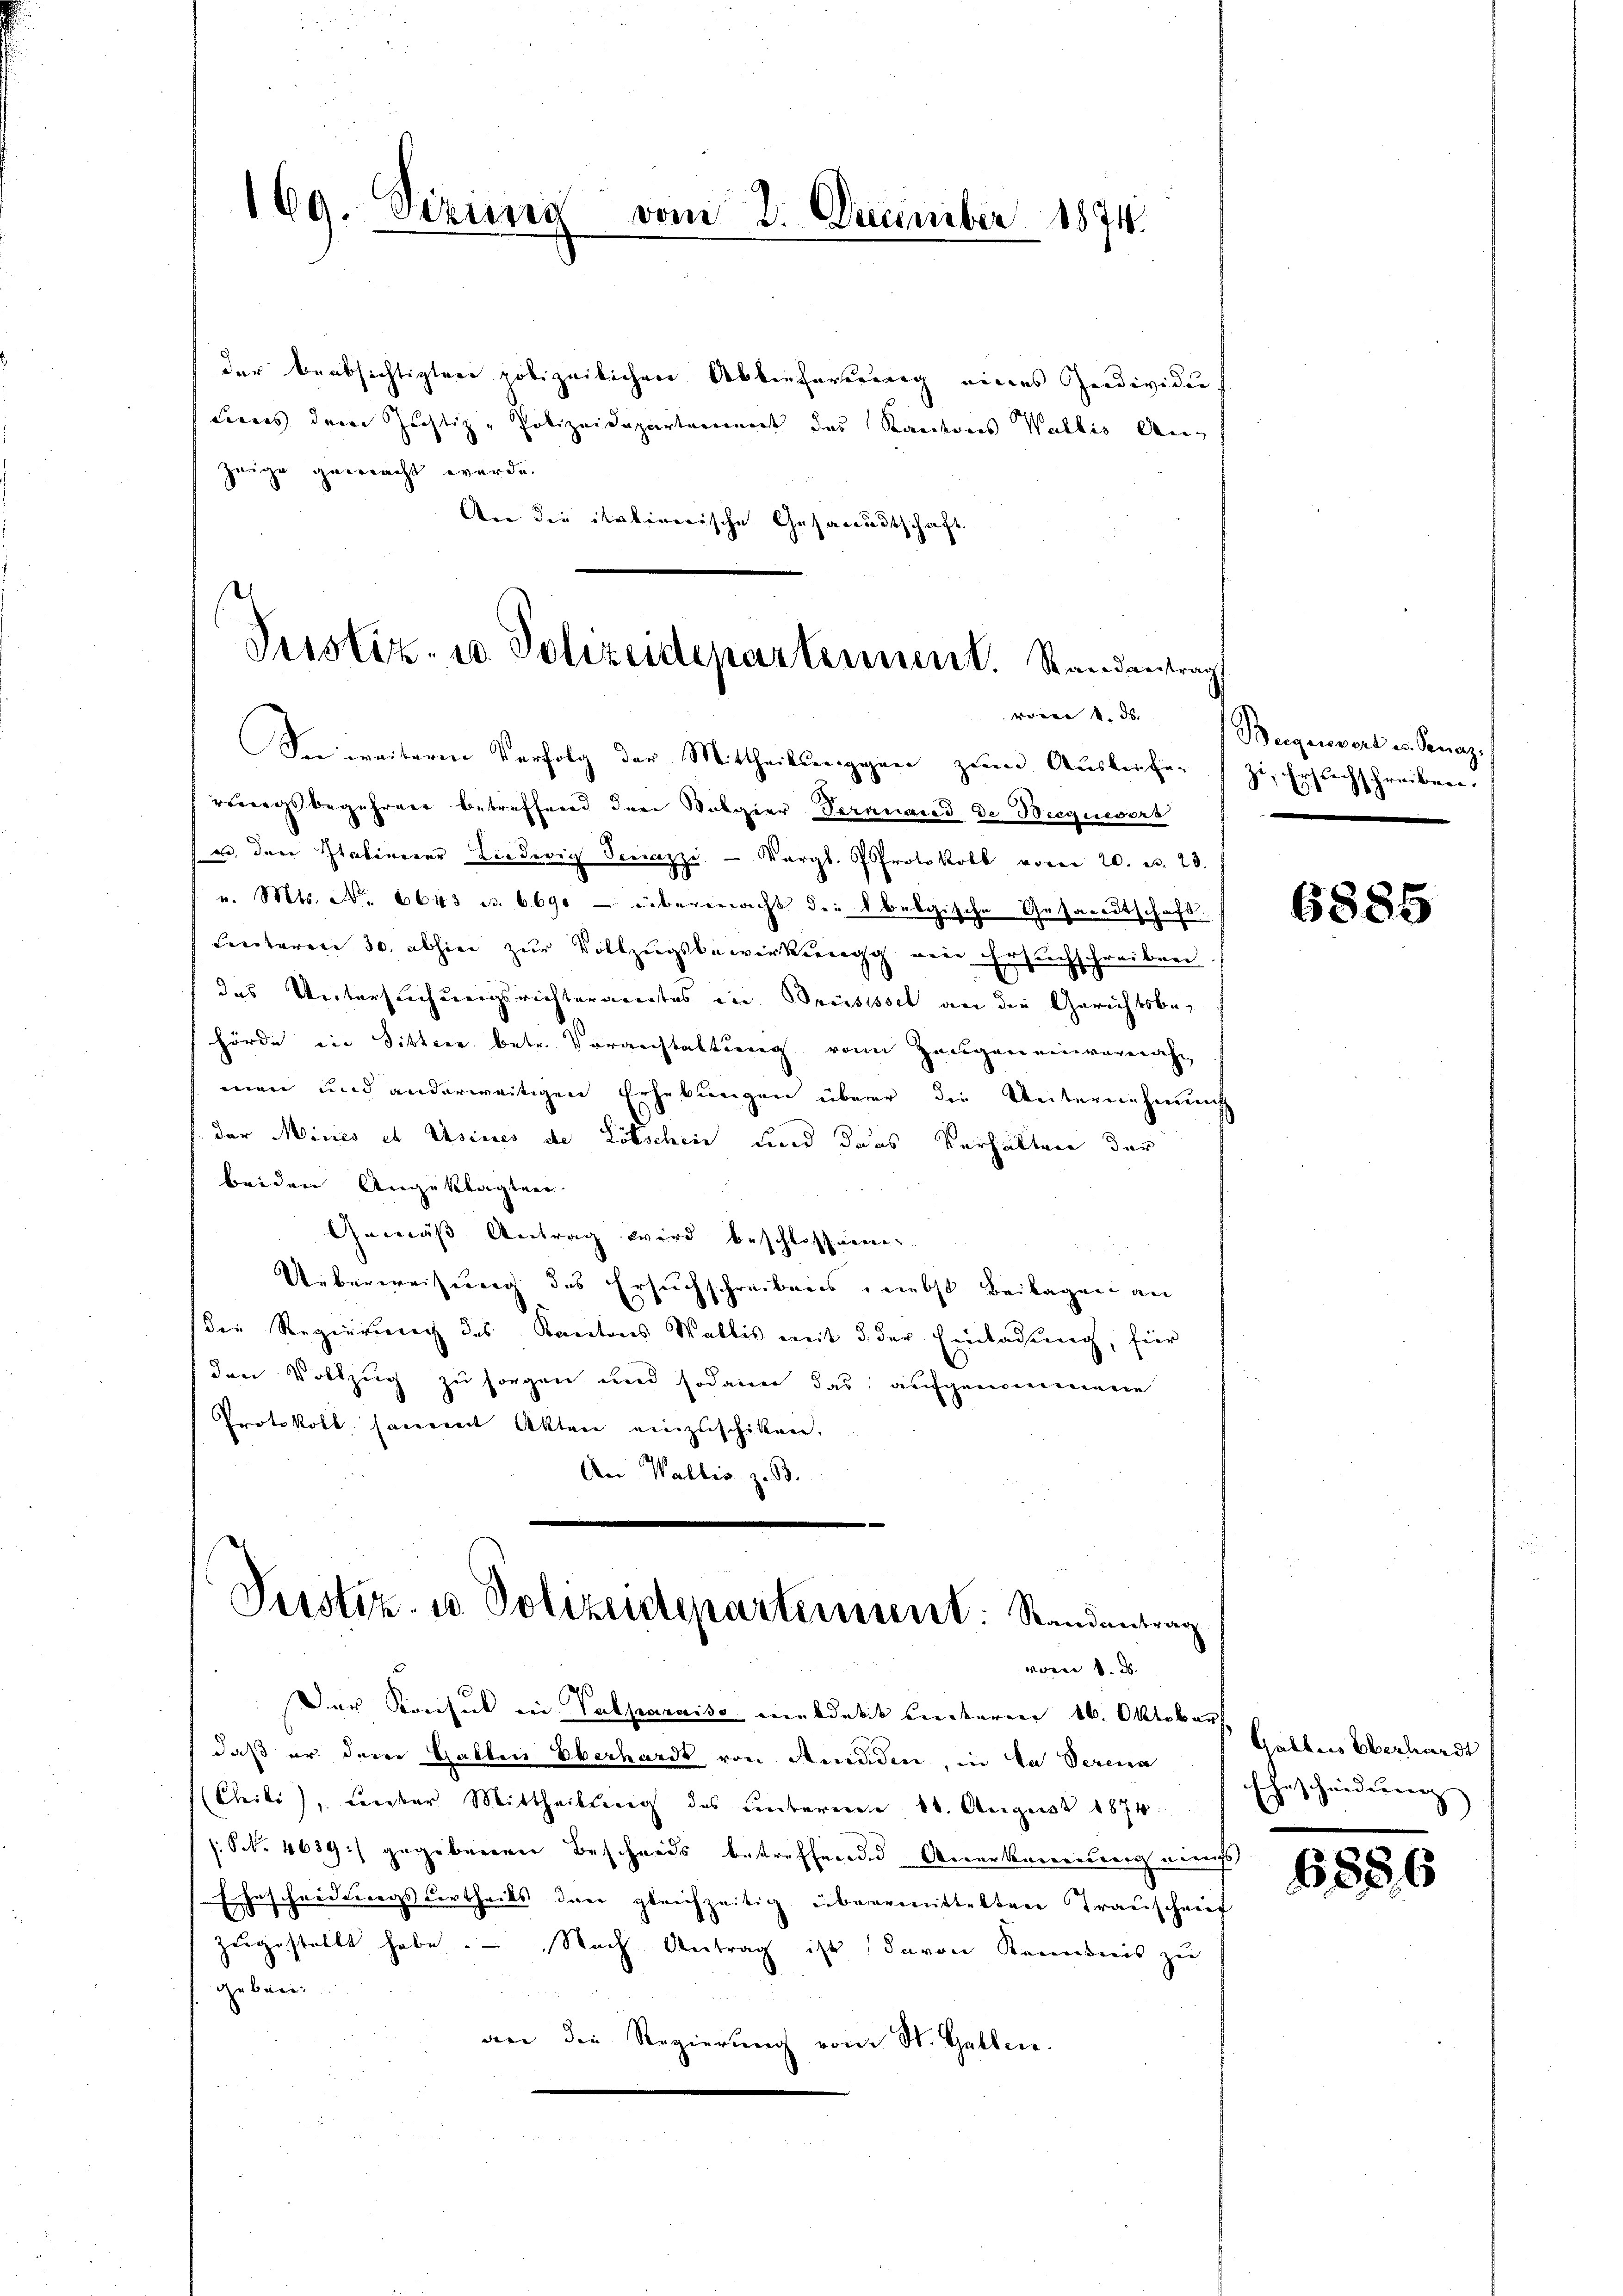
169. Sizung vom 2. December 1874.

der beabsichtigten polizeilichen Ablieferung eines Individue
Leeres dem Justiz-Polizeidepartement das Kantons Wallis Anzeüge gemacht werde.
An die italienische Gesandtschaft.
Sie weiteren Verfolg der Mittheilungegen zum Ausliefen zu Erst
rungsbegehren betreffend den Volgier Veranand de Bieguevors
u. den Stativerer Liederig Senazzi - Vergl. Protokoll vom 20. d. 28.
v. Mts. No. 6643 u. 6690 übermacht die Obelgische Gesandtschaft
Leuteren 30. abhin zur Vollzugsbewirkungg ein Ersuchschreiben
das Untersuchungsrichteramtes in Brisissel an die Gerichtsbehörde in Sittere betr. Voranstaltung von Zeugen einvernahmen und anderweitigen Erhebungen über die Unternehmung
der Mines et usines de Litschein und das Verhalten der
beiden Angeklagten.
Gemäß Antrag wird beschlossenen
Ueberweisung des Ersuchschreibens, nebst Beilagen an
die Regierung des Kantons Wallis mit §. der Einladung, für
den Vollzug zu sorgen und sodann das aufgenommene
Protokoll sammt Akten einzuschiken.
An Wallis z. B.
.
Justiz- u Polizeidepartement: Standentrag
vom 1. d.
Der Konsul in Valparaiso meldetit Leiteren 16. Oktober,
daß er der Gallen Oberhardt von Aenden, in da derena
(Chili, unter Mittheilung des unteren 16. August 1874.
s. S. 4639) gegebenen Beschweis betreffende Anerkennung eins
Gescheidungsvertheils der gleichzeitig übermittelten Trauschrif
zugestellt habe. - Nach Antrag ist davon Kenntnis zu
gebore
an die Regierŭng vom St. Gallen.

Justiz- u. Polizeidepartement. Randantrag
v 4. d.

Beegerswert u. Senaz.
reiben.
 he

6885

Gabbris Oberhardt
Ehescheidung

6886